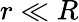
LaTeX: r\ll R